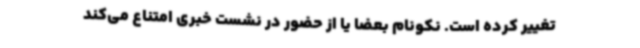
تغییر کرده است. نکونام بعضا یا از حضور در نشست خبری امتناع می‌کند